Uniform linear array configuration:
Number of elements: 4
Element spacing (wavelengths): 0.75
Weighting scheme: binomial
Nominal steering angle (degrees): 60
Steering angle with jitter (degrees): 61.298
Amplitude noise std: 0.05
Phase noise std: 0.05

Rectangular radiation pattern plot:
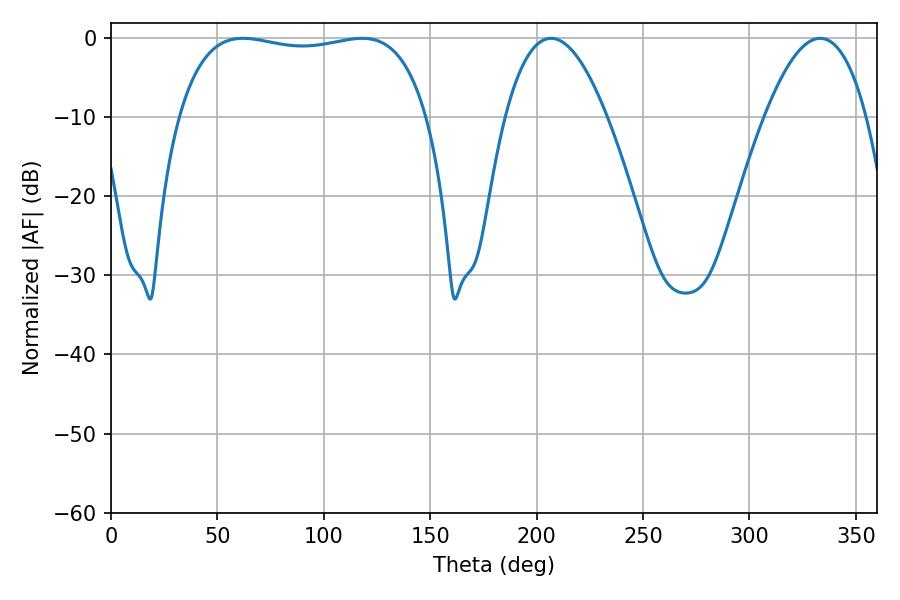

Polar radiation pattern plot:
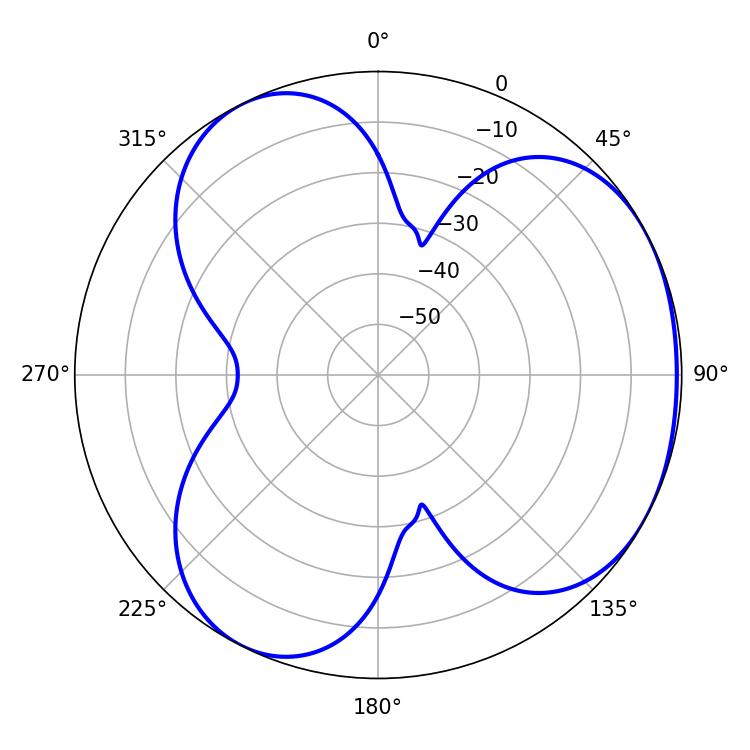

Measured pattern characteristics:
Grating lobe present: TRUE
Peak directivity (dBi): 3.512
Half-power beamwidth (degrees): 93.96
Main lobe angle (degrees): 61.92